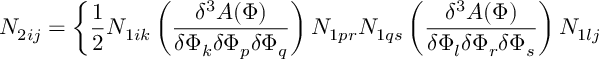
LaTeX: N _ { 2 i j } = \bigg \{ \frac { 1 } { 2 } N _ { 1 i k } \left( \frac { \delta ^ { 3 } A ( \Phi ) } { \delta \Phi _ { k } \delta \Phi _ { p } \delta \Phi _ { q } } \right) N _ { 1 p r } N _ { 1 q s } \left( \frac { \delta ^ { 3 } A ( \Phi ) } { \delta \Phi _ { l } \delta \Phi _ { r } \delta \Phi _ { s } } \right) N _ { 1 l j }